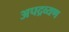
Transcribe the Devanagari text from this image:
अपद्रव्यण